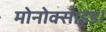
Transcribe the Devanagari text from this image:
मोनोक्साइड।